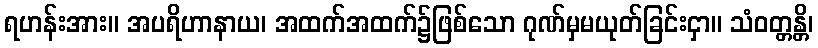
ရဟန်းအား။ အပရိဟာနာယ၊ အထက်အထက်၌ဖြစ်သော ဂုဏ်မှမယုတ်ခြင်းငှာ။ သံဝတ္တန္တိ၊